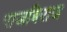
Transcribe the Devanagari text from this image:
राजबिराज